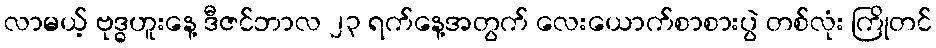
လာမယ့် ဗုဒ္ဓဟူးနေ့ ဒီဇင်ဘာလ ၂၃ ရက်နေ့အတွက် လေးယောက်စာစားပွဲ တစ်လုံး ကြိုတင်